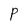
Character: P